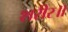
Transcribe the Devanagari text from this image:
शरीर॥